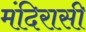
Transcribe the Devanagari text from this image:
मंदिरासी